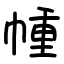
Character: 㡖